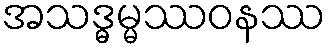
အသဒ္ဓမ္မဿဝနဿ